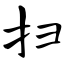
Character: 扫